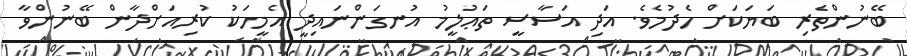
ބޭނުންތެރި ބަޔަކަށް ހެދުމެވެ. އަދި އަސާސީ ތަޢުލީމު އުނގަންނައިދީ އެމީހަކު ކުރިއަށްދާން ބޭނުންވާ